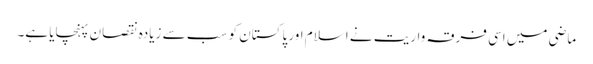
ماضی میں اسی فرقہ واریت نے اسلام اور پاکستان کو سب سے زیادہ نقصان پہنچایا ہے۔